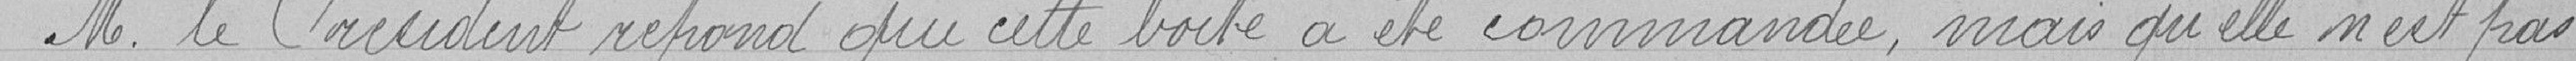
Monsieur le Président répond que cette boîte a été commandée mais qu'elle n'est pas